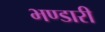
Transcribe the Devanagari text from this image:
भण्‍डारी